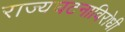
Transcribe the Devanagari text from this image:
राज्यघटनाविरोधी